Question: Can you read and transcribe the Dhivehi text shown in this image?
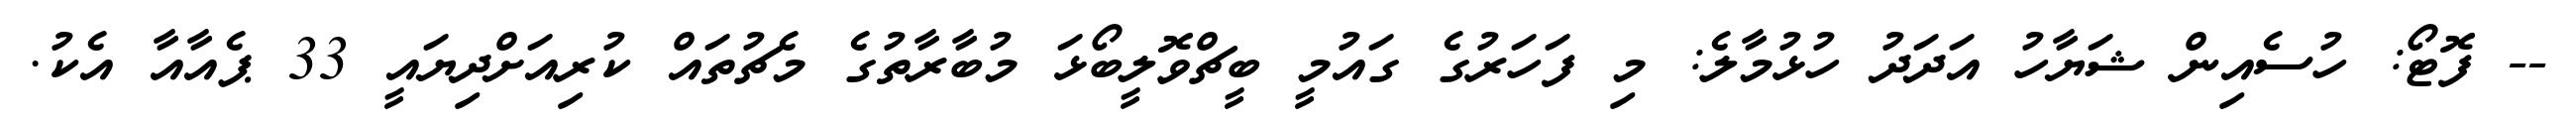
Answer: -- ފޮޓޯ: ހުސެއިން ޝަޔާހު އަދަދު ހުޅުމާލެ: މި ފަހަރުގެ ގައުމީ ބީޗްވޮލީބޯޅަ މުބާރާތުގެ މެޗުތައް ކުރިއަށްދިޔައީ 33 ޕެއާއާ އެކު.